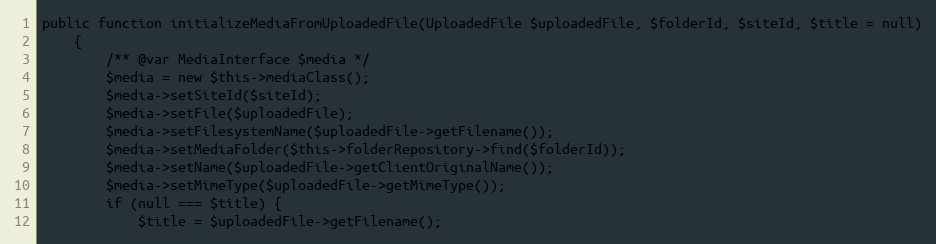
Language: PHP
public function initializeMediaFromUploadedFile(UploadedFile $uploadedFile, $folderId, $siteId, $title = null)
    {
        /** @var MediaInterface $media */
        $media = new $this->mediaClass();
        $media->setSiteId($siteId);
        $media->setFile($uploadedFile);
        $media->setFilesystemName($uploadedFile->getFilename());
        $media->setMediaFolder($this->folderRepository->find($folderId));
        $media->setName($uploadedFile->getClientOriginalName());
        $media->setMimeType($uploadedFile->getMimeType());
        if (null === $title) {
            $title = $uploadedFile->getFilename();